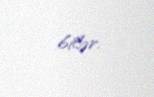
bilər.